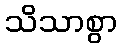
သိသာစွာ